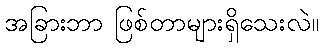
အခြားဘာ ဖြစ်တာများရှိသေးလဲ။